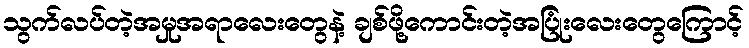
သွက်လပ်တဲ့အမှုအရာလေးတွေနဲ့ ချစ်ဖို့ကောင်းတဲ့အပြုံးလေးတွေကြောင့်